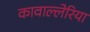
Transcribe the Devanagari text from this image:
कावाल्लेरिया